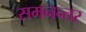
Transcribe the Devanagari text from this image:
समनन्तर